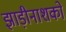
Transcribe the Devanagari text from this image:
झाड़ीनाशकों